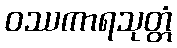
ဝဿကာရသုတ္တံ